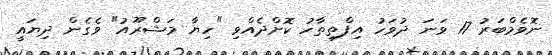
ނޮވެމްބަރު 17 ވަނަ ދުވަހު އިފްތިތާހު ކޮށްދެއްވި "ހިޔާ މަޝްރޫއު" ވެގެން ދިޔައީ